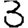
Digit: 3